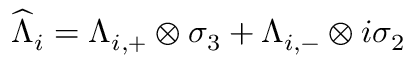
\widehat { \Lambda } _ { i } = \Lambda _ { i , + } \otimes \sigma _ { 3 } + \Lambda _ { i , - } \otimes i \sigma _ { 2 }